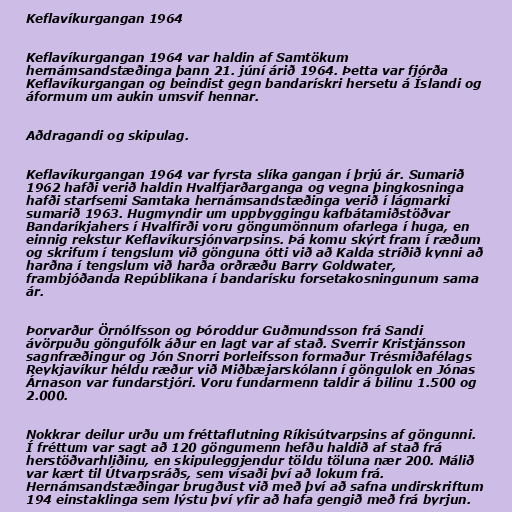
Keflavíkurgangan 1964

Keflavíkurgangan 1964 var haldin af Samtökum
hernámsandstæðinga þann 21. júní árið 1964. Þetta var fjórða
Keflavíkurgangan og beindist gegn bandarískri hersetu á Íslandi og
áformum um aukin umsvif hennar.

Aðdragandi og skipulag.

Keflavíkurgangan 1964 var fyrsta slíka gangan í þrjú ár. Sumarið
1962 hafði verið haldin Hvalfjarðarganga og vegna þingkosninga
hafði starfsemi Samtaka hernámsandstæðinga verið í lágmarki
sumarið 1963. Hugmyndir um uppbyggingu kafbátamiðstöðvar
Bandaríkjahers í Hvalfirði voru göngumönnum ofarlega í huga, en
einnig rekstur Keflavíkursjónvarpsins. Þá komu skýrt fram í ræðum
og skrifum í tengslum við gönguna ótti við að Kalda stríðið kynni að
harðna í tengslum við harða orðræðu Barry Goldwater,
frambjóðanda Repúblikana í bandarísku forsetakosningunum sama
ár.

Þorvarður Örnólfsson og Þóroddur Guðmundsson frá Sandi
ávörpuðu göngufólk áður en lagt var af stað. Sverrir Kristjánsson
sagnfræðingur og Jón Snorri Þorleifsson formaður Trésmiðafélags
Reykjavíkur héldu ræður við Miðbæjarskólann í göngulok en Jónas
Árnason var fundarstjóri. Voru fundarmenn taldir á bilinu 1.500 og
2.000.

Nokkrar deilur urðu um fréttaflutning Ríkisútvarpsins af göngunni.
Í fréttum var sagt að 120 göngumenn hefðu haldið af stað frá
herstöðvarhliðinu, en skipuleggjendur töldu töluna nær 200. Málið
var kært til Útvarpsráðs, sem vísaði því að lokum frá.
Hernámsandstæðingar brugðust við með því að safna undirskriftum
194 einstaklinga sem lýstu því yfir að hafa gengið með frá byrjun.